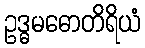
ဥဒ္ဓမဓောတိရိယံ